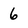
Character: 6